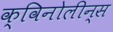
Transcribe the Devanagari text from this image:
क्विनोलीन्स